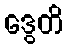
ဒွေတိ